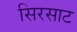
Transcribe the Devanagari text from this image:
सिरसाट